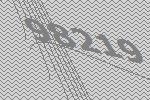
98219